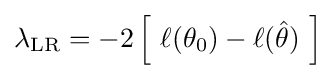
\lambda _{\text{LR}}=-2\left[~\ell (\theta _{0})-\ell ({\hat {\theta }})~\right]